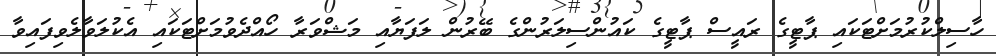
ހާސިލްކުރުމަށްޓަކައި ޕާޓީގެ ރައީސް ޕާޓީގެ ކައުންސިލަރުންގެ ބޭރުން ލަފަޔާއި މަޝްވަރާ ހޯއްދެވުމަށްޓަކައި އެކުލަވާލެވިފައިވާ